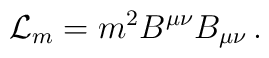
{\cal L}_m = m^2 B^{\mu\nu} B_{\mu\nu}\,.